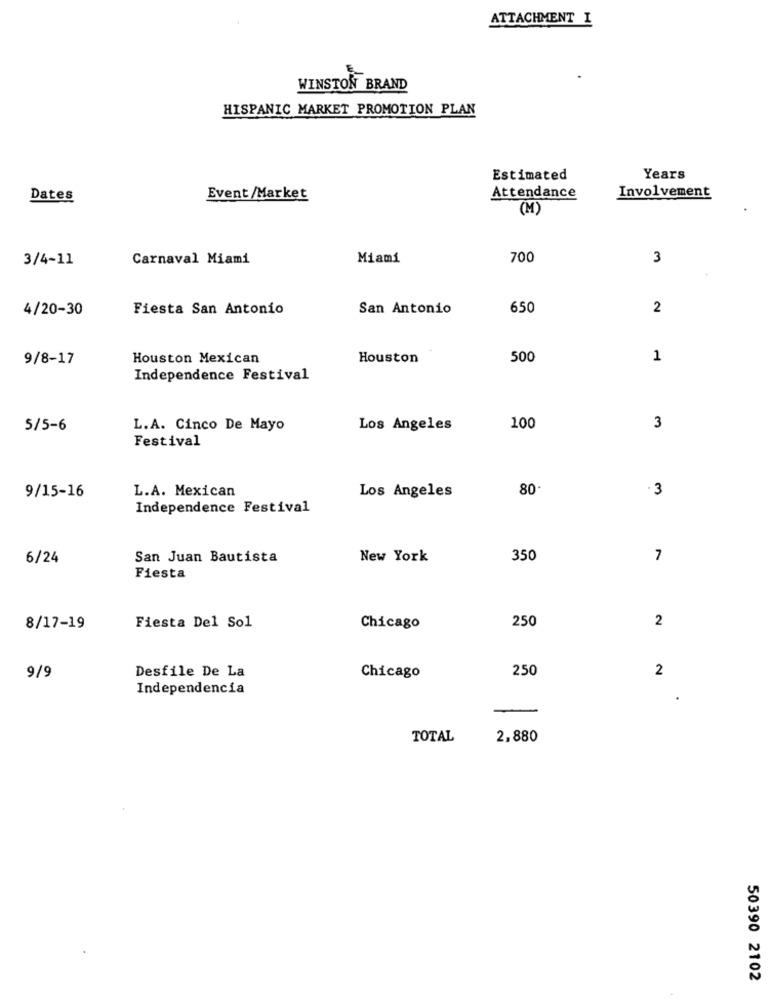
ATTACHMENT I
WINSTON BRAND
HISPANIC MARKET PROMOTION PLAN
Estimated
Years
Dates
Event/Market
Attendance
Involvement
(M)
3/4-11
Carnaval Miami
Miami
700
3
4/20-30
Fiesta San Antonio
San Antonio
650
2
9/8-17
Houston Mexican
Houston
500
1
Independence Festival
5/5-6
L.A. Cinco De Mayo
Los Angeles
100
3
Festival
9/15-16
80
3
L.A. Mexican
Los Angeles
Independence Festival
6/24
San Juan Bautista
New York
350
7
Fiesta
Fiesta Del Sol
2
8/17-19
Chicago
250
Desfile De La
250
2
9/9
Chicago
Independencia
TOTAL
2,880
50390 2102